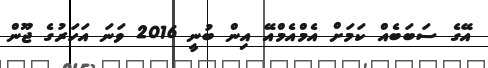
އޭގެ ސަބަބެއް ކަމަށް އެމްއެމްއޭ އިން ބުނީ 2016 ވަނަ އަހަރުގެ ޖޫން